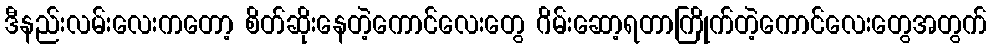
ဒီနည်းလမ်းလေးကတော့ စိတ်ဆိုးနေတဲ့ကောင်လေးတွေ ဂိမ်းဆော့ရတာကြိုက်တဲ့ကောင်လေးတွေအတွက်